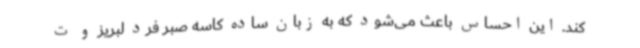
کند. این احساس باعث می‌شود که به زبان ساده کاسه صبر فرد لبریز و ت